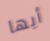
أيها